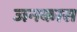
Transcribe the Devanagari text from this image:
जनकास